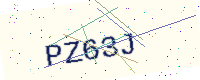
Text: PZ63J